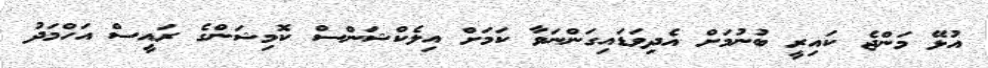
އުޅޭ މަންޖެ ކައިރީ ބުނުމަށް އެދިވަޑައިގަންނަވާ ކަމަށް އިލެކްޝަންސް ކޮމިޝަންގެ ރައީސް އަހްމަދު